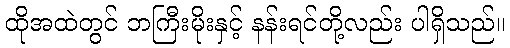
ထိုအထဲတွင် ဘကြီးမိုးနှင့် နန်းရင်တို့လည်း ပါရှိသည်။